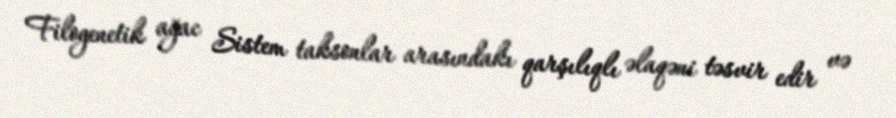
Filogenetik ağac Sistem taksonlar arasındakı qarşılıqlı əlaqəni təsvir edir və